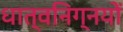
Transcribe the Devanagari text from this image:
धात्वनिग्नयों